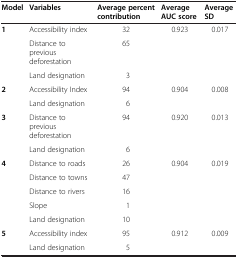
<table><thead><tr><td><b>Model</b></td><td><b>Variables</b></td><td><b>Average percentcontribution</b></td><td><b>Average AUCscore</b></td><td><b>Average SD</b></td></tr></thead><tbody><tr><td rowspan="3"><b>1</b></td><td>Accessibility index</td><td>32</td><td>0.923</td><td>0.017</td></tr><tr><td>Distance to previousdeforestation</td><td>65</td><td> </td><td> </td></tr><tr><td>Land designation</td><td>3</td><td> </td><td> </td></tr><tr><td rowspan="2"><b>2</b></td><td>Accessibility Index</td><td>94</td><td>0.904</td><td>0.008</td></tr><tr><td>Land designation</td><td>6</td><td> </td><td> </td></tr><tr><td rowspan="2"><b>3</b></td><td>Distance to previousdeforestation</td><td>94</td><td>0.920</td><td>0.013</td></tr><tr><td>Land designation</td><td>6</td><td> </td><td> </td></tr><tr><td rowspan="5"><b>4</b></td><td>Distance to roads</td><td>26</td><td>0.904</td><td>0.019</td></tr><tr><td>Distance to towns</td><td>47</td><td> </td><td> </td></tr><tr><td>Distance to rivers</td><td>16</td><td> </td><td> </td></tr><tr><td>Slope</td><td>1</td><td> </td><td> </td></tr><tr><td>Land designation</td><td>10</td><td> </td><td> </td></tr><tr><td rowspan="2"><b>5</b></td><td>Accessibility index</td><td>95</td><td>0.912</td><td>0.009</td></tr><tr><td>Land designation</td><td>5</td><td> </td><td> </td></tr></tbody></table>